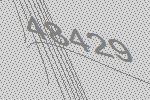
48429